Kihnu_vallavalitsus, lk 61
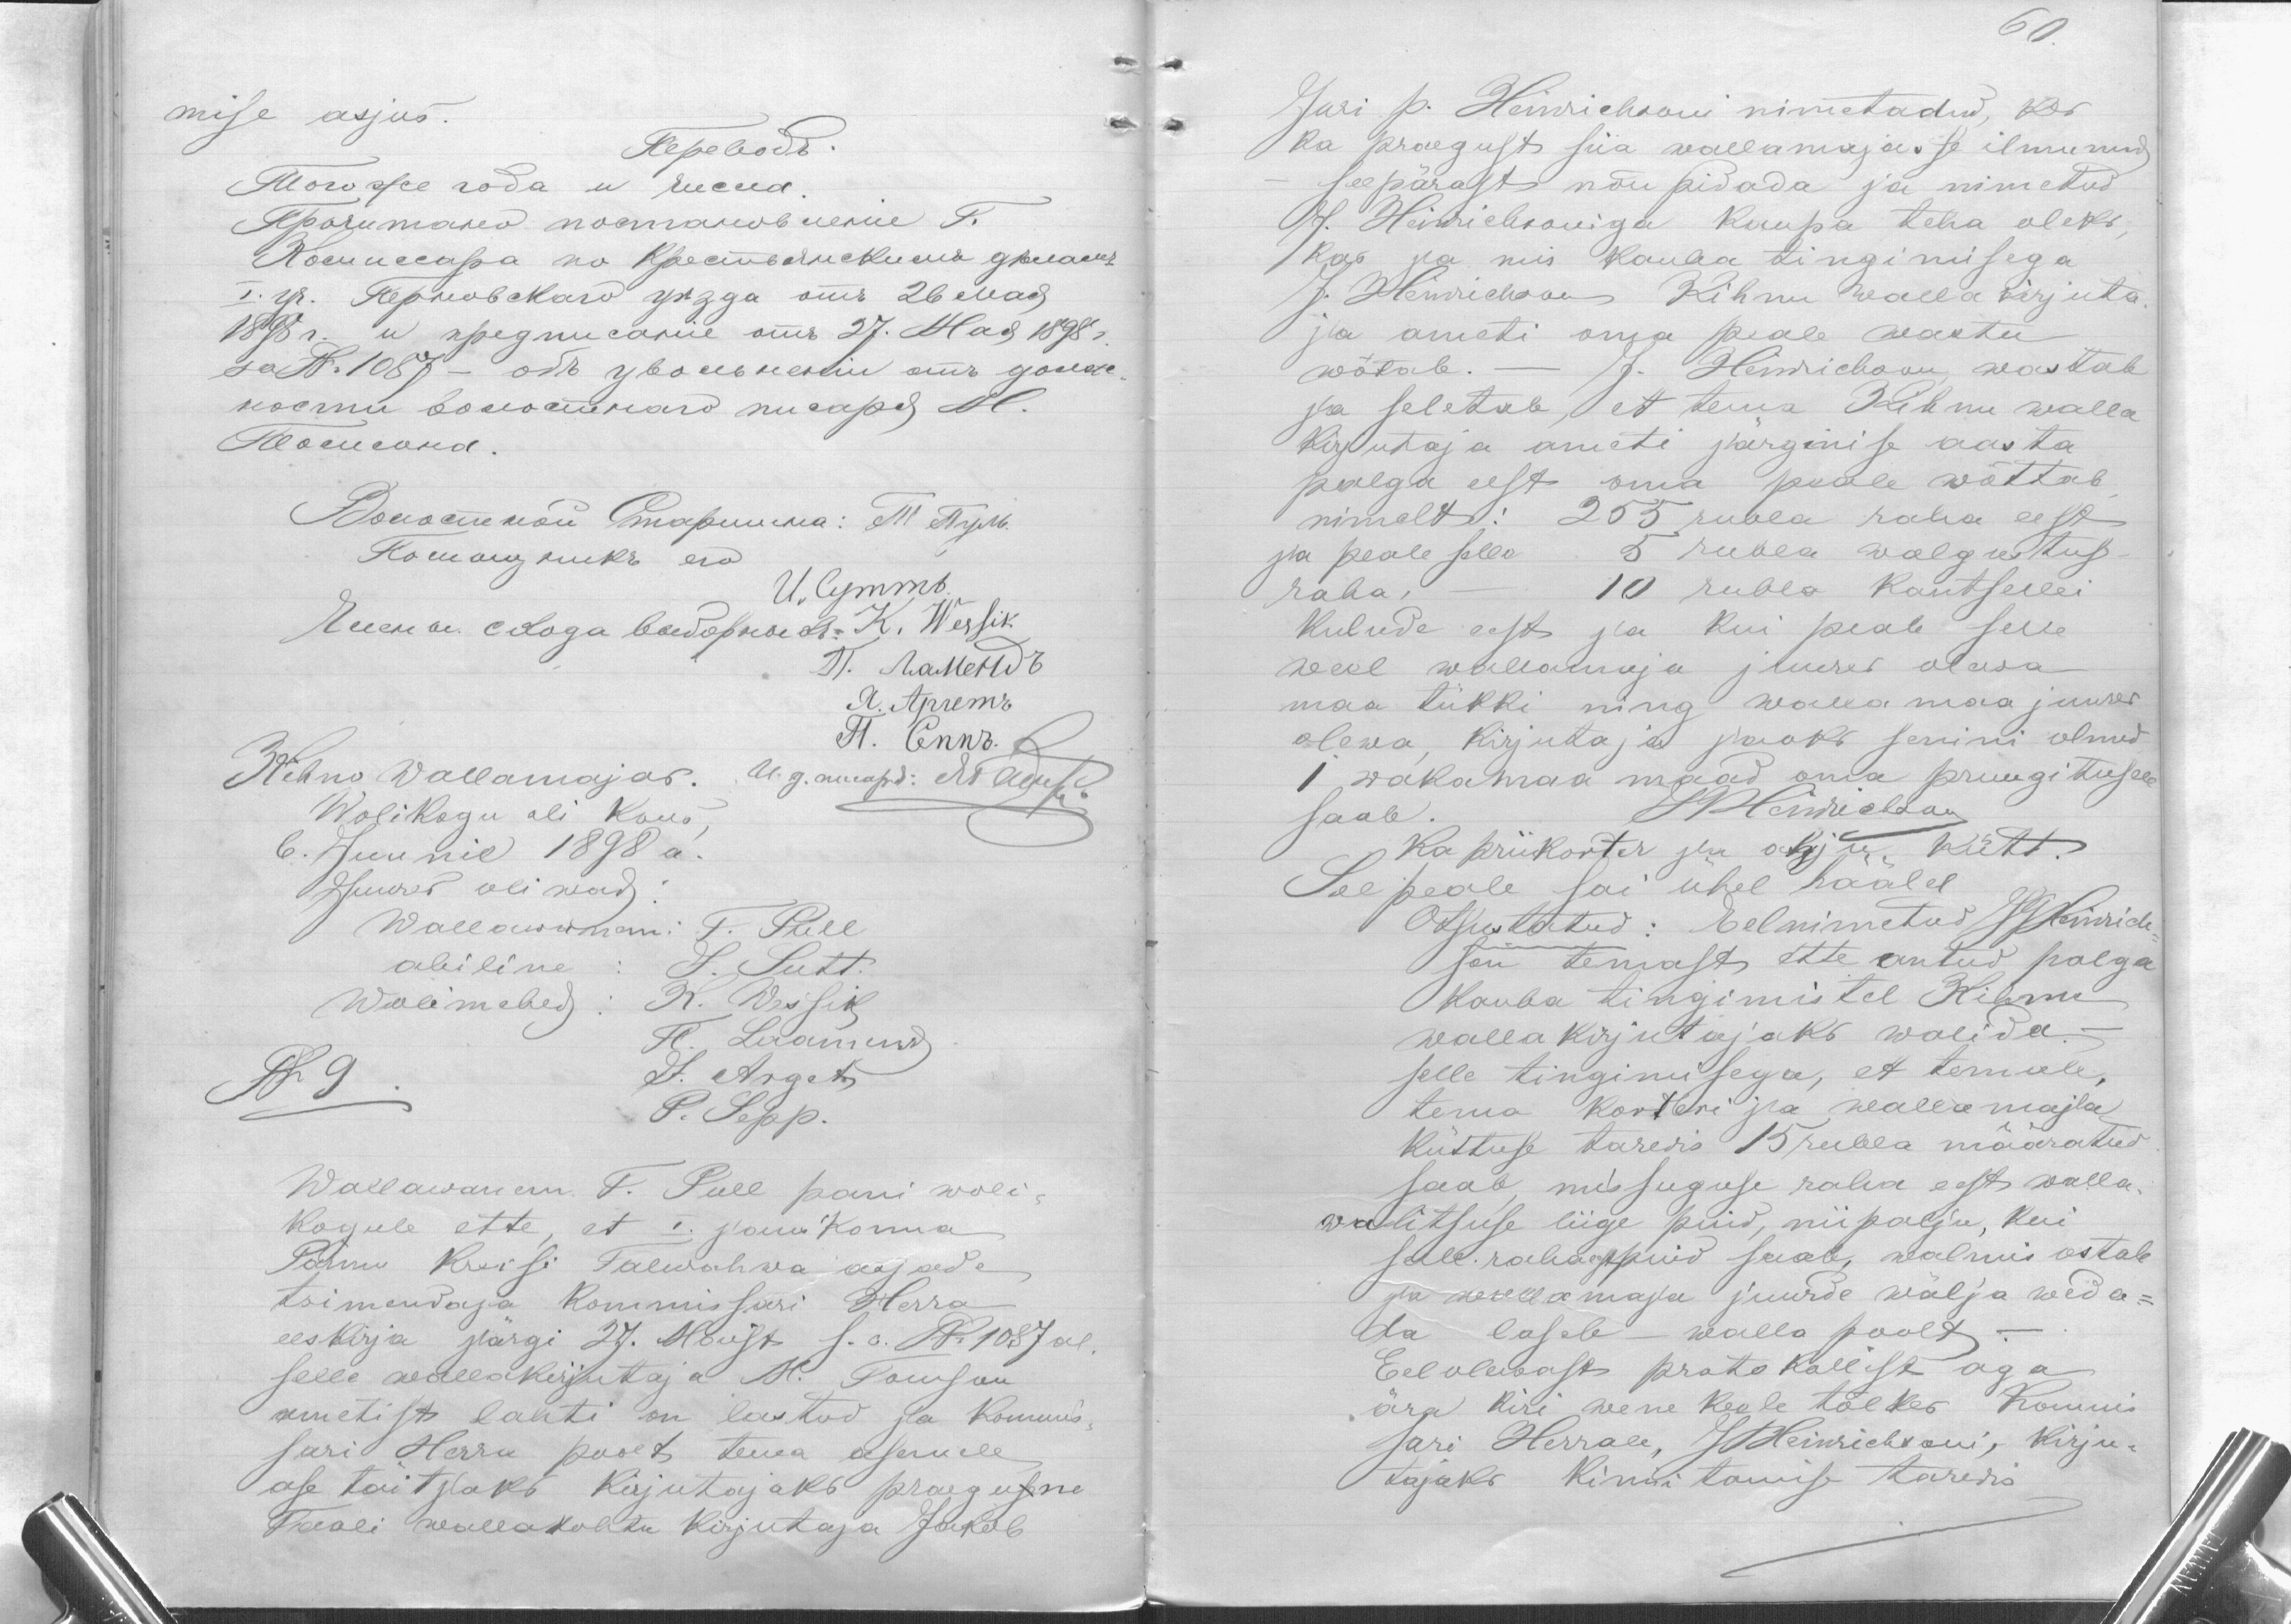
mise asjus.
Kihno Wallamajas.
Wolikogu abi kous,
6. Juunil 1898 a.
Juures oliwad
Wallawanem: T. Pull
abiline: J. Sutt.
Wolimehed: K. Wessik
P. Laamend
§ 9.
J. Arget
P. Sepp.
Wallawanem T. Pull pani woli-
Kogule ette, et I. jauskonna
Pärnu Kreisi Talurahwa asjade
toimendaja Kommissari Herra
eeskirja järgi 27. Maist s.a. N 1087 al.
selle wallakirjutaja M. Tomson
ametist lahti on lastud ja Kommis-
sari Herra poolt tema asemele
ase täitjaks kirjutajaks praegune
Taali wallakohtu kirjutaja Jakob

60

Juri p. Heinrichsoni nimetatud, kes
ka praegust siia wallamajasse ilmunud
seepärast nõu pidada ja nimetud
J. Heinrichsoniga kaupa teha oleks,
Kas ka mis kauba tingimisega
J. Heinrichson Kihnu walla kirjuta
ja ameti oma peale wastu
wõtab. - J. Hendrichson, wastab
ja seletab, et tema Kihnu walla
Kirjutaja ameti järgmise aasta
palga eest oma peale wõttab
nimelt: 255 rubla raha eest
ja peale selle 5 rubla walgustus
raha, 10 rubla kantsellei
kulude eest ja kui peale selle
weel wallamaja juures olewa
maa tükki ning walla maa juures
olewa kirjutaja jaoks senini olnud
1 wakamaa maad oma pruugitusele
saab.
JHendrichson
Ka priikorter ja ahju kütt.
See peale sai ühel häälel
Otsustatud: Eelnimetud J. Hendrich-
son temast ette antud palga
kauba tingimistel Kihnu
walla kirjutajaks walida. -
selle tingimisega, et temale,
tema korteri ja walla majla
Küttuse tarwis 15 rubla määratud
saab, missuguse raha eest walla
walitsuse liige puid, nii palju, kui
selle rahaga puid saab, walmis ostab
ja wallamaja juurde wälja weda-
da laseb - walla poolt. -
Eel olewast protokollist aga
ära kiri wene keele tõlkes Kommis
sari Herrale, JHeinrichsoni, kirju-
tajaks Kinnitamise tarwis